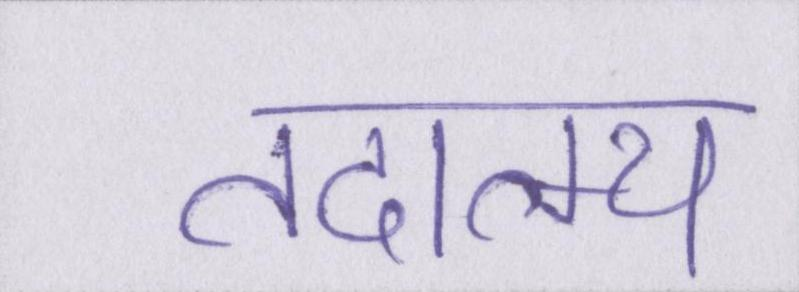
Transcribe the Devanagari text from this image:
तदात्म्य